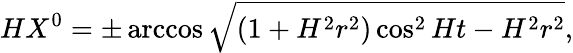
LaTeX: HX^{0}=\pm\operatorname{arccos}\sqrt{(1+H^{2}r^{2})\cos^{2}Ht-H^{2}r^{2}},